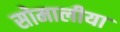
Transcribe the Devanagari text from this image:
सोमालीया